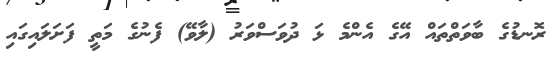
ރޮނޑުގެ ބާވަތްތައް އޭގެ އެންމެ ޅަ ދުވަސްވަރު (ލާވޭ) ފެނުގެ މަތީ ފަށަލައިގައި